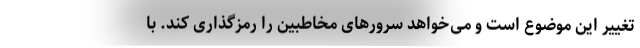
تغییر این موضوع است و می‌خواهد سرورهای مخاطبین را رمزگذاری کند. با